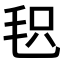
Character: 𣭓